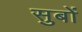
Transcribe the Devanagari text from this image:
सुबों